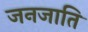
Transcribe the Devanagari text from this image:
जनजाति